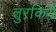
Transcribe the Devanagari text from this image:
तुरकिये